Indian Medical Review
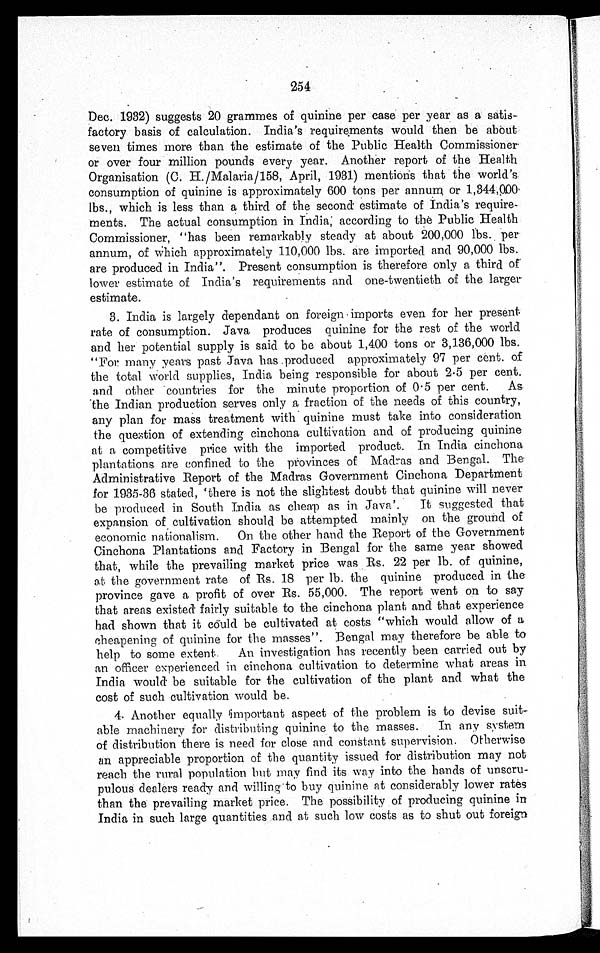
254
Dec. 1932) suggests 20 grammes of quinine per case per year as a satis
-
factory basis of calculation. India's requirements would then be about
seven times more than the estimate of the Public Health Commissioner
or over four million pounds every year. Another report of the Health
Organisation (C. H./Malaria/158, April, 1931) mentions that the world's
consumption of quinine is approximately 600 tons per annum or 1,344,000
lbs., which is less than a third of the second estimate of India's require
-
ments. The actual consumption in India, according to the Public Health
Commissioner, "has been remarkably steady at about 200,000 lbs. per
annum, of which approximately 110,000 lbs. are imported and 90,000 lbs.
are produced in India". Present consumption is therefore only a third of
lower estimate of India's requirements and one-twentieth of the larger
estimate.
3. India is largely dependant on foreign imports even for her present
rate of consumption. Java produces quinine for the rest of the world
and her potential supply is said to be about 1,400 tons or 3,136,000 lbs.
"For many years past Java has produced approximately 97 per cent. of
the total world supplies, India being responsible for about 2 . 5 per cent.
and other countries for the minute proportion of 0 . 5 per cent. As
the Indian production serves only a fraction of the needs of this country,
any plan for mass treatment with quinine must take into consideration
the question of extending cinchona cultivation and of producing quinine
at a competitive price with the imported product. In India cinchona
plantations are confined to the provinces of Madras and Bengal. The
Administrative Report of the Madras Government Cinchona Department
for 1935-36 stated, 'there is not the slightest doubt that quinine will never
be produced in South India as cheap as in Java'. It suggested that
expansion of cultivation should be attempted mainly on the ground of
economic nationalism. On the other hand the Report of the Government
Cinchona Plantations and Factory in Bengal for the same year showed
that, while the prevailing market price was Rs. 22 per lb. of quinine,
at the government rate of Rs. 18 per lb. the quinine produced in the
province gave a profit of over Rs. 55,000. The report went on to say
that areas existed fairly suitable to the cinchona plant and that experience
had shown that it could be cultivated at costs "which would allow of a
cheapening of quinine for the masses". Bengal may therefore be able to
help to some extent. An investigation has recently been carried out by
an officer experienced in cinchona cultivation to determine what areas in
India would be suitable for the cultivation of the plant and what the
cost of such cultivation would be.
4. Another equally important aspect of the problem is to devise suit
-
able machinery for distributing quinine to the masses. In any system
of distribution there is need for close and constant supervision. Otherwise
an appreciable proportion of the quantity issued for distribution may not
reach the rural population but may find its way into the hands of unscru
-
pulous dealers ready and willing to buy quinine at considerably lower rates
than the prevailing market price. The possibility of producing quinine
in
India in such large quantities and at such low costs as to shout foreign